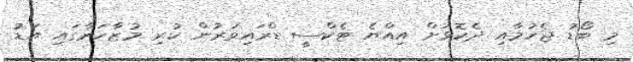
މި ބޯޑު ޖެހުމާއި ދެކޮޅަށް އިއްޔެ ޓެކްސީ ޑްރައިވަރުން ކުރި މުޒާހަރާގައި އަޑު